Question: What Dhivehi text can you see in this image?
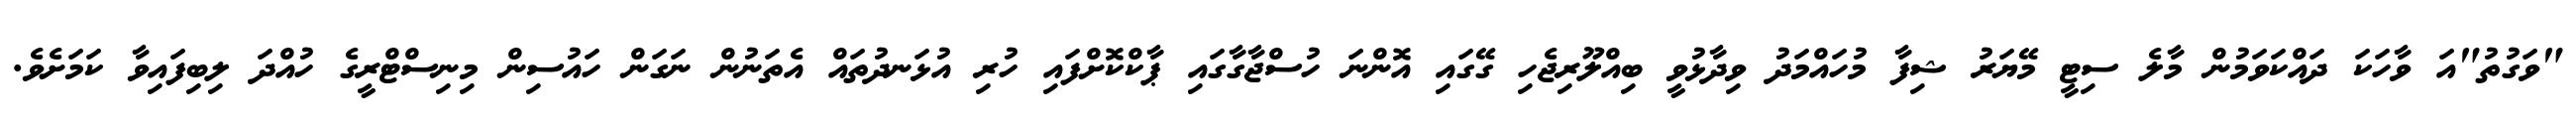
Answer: "ވަގުތު"އަ ވާހަކަ ދައްކަވަމުން މާލެ ސިޓީ މޭޔަރު ޝިފާ މުހައްމަދު ވިދާޅުވީ ބިއްލޫރިޖެހި ގޭގައި އޮންނަ ހުސްޖާގާގައި ޕާކްކޮށްފައި ހުރި އުޅަނދުތައް އެތަނުން ނަގަން ހައުސިން މިނިސްޓްރީގެ ހުއްދަ ލިބިފައިވާ ކަމަށެވެ.